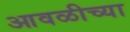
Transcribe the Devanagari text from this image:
आवळीच्या